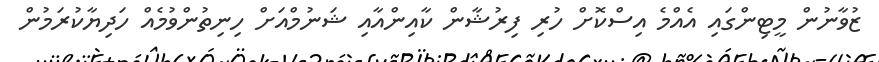
ޒުވާނުން މީޓިންގައި އެއްމެ އިސްކޮށް ހުރި ފިރުޝާން ކާއިންއާއި ޝަނުމްއަށް ހިނިތުންވުމެއް ހަދިޔާކުރަމުން